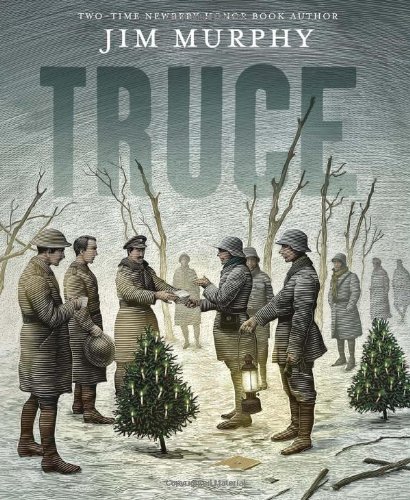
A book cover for Truce: The Day the Soldiers Stopped Fighting; Jim Murphy; History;